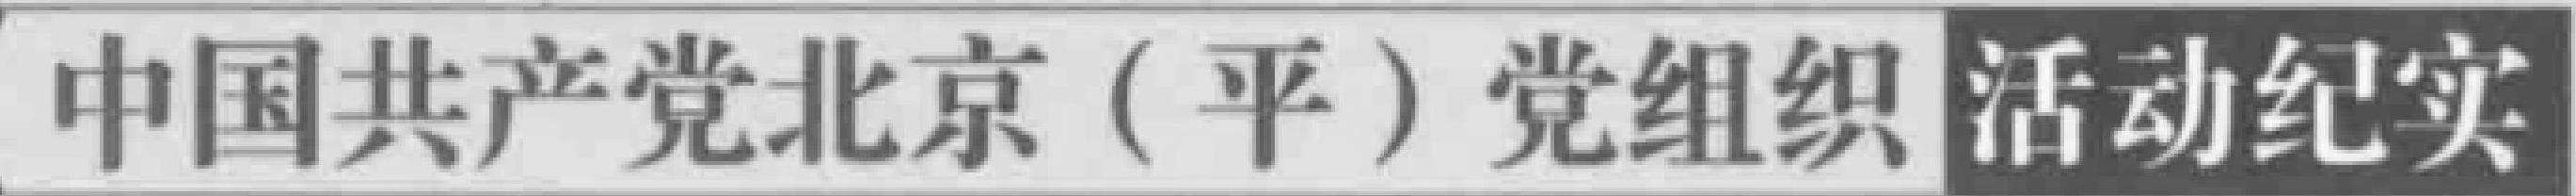
中国共产党北京（平）党组织活动纪实